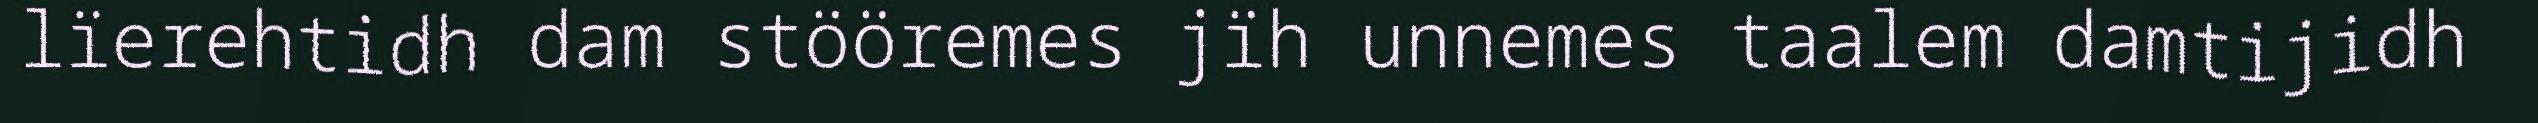
lïerehtidh dam stööremes jïh unnemes taalem damtijidh